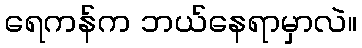
ရေကန်က ဘယ်နေရာမှာလဲ။